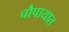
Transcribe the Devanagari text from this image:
चौपायात